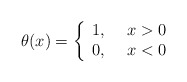
\begin{align*}\theta (x)=\left\{\begin{array}{cc}1, ~& x>0 \\0, ~& x<0\end{array}\right.\end{align*}